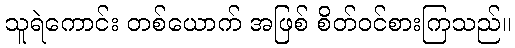
သူရဲကောင်း တစ်ယောက် အဖြစ် စိတ်ဝင်စားကြသည်။